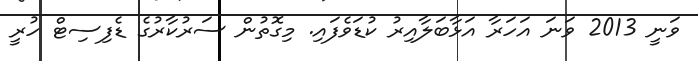
ވަނީ 2013 ވަނަ އަހަރާ އަޅާބަލާއިރު ކުޑަވެފައި. މިގޮތުން ސަރުކާރުގެ ޑެފިސިޓް ހުރީ